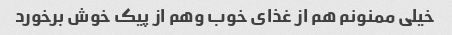
خیلی ممنونم هم از غذای خوب وهم از پیک خوش برخورد